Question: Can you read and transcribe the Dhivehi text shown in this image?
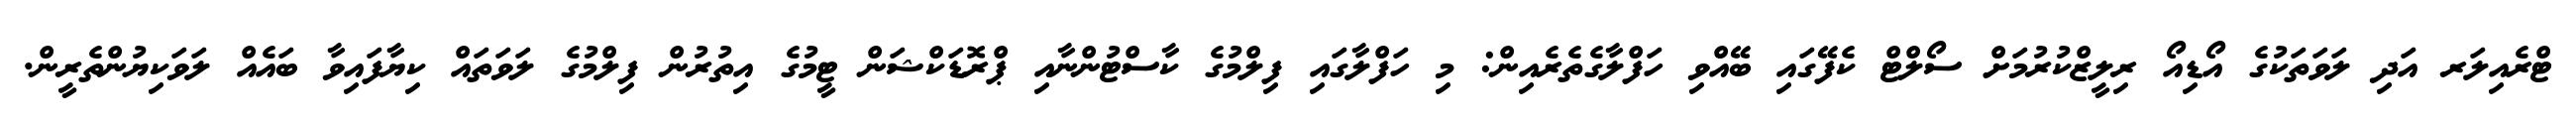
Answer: ޓްރެއިލަރ އަދި ލަވަތަކުގެ އޯޑިއޯ ރިލީޒްކުރުމަށް ސޯލްޓް ކެފޭގައި ބޭއްވި ހަފްލާގެތެރެއިން: މި ހަފްލާގައި ފިލްމުގެ ކާސްޓުންނާއި ޕްރޮޑަކްޝަން ޓީމުގެ އިތުރުން ފިލްމުގެ ލަވަތައް ކިޔާފައިވާ ބައެއް ލަވަކިޔުންތެރީން.